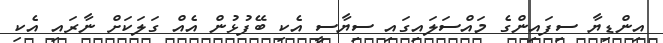
އިންޑިޔާ ސިފައިންގެ މައްސަލައިގައި ސިޔާސީ އެކި ބޭފުޅުން އެއް ގަލަކަށް ނާރައި އެކި